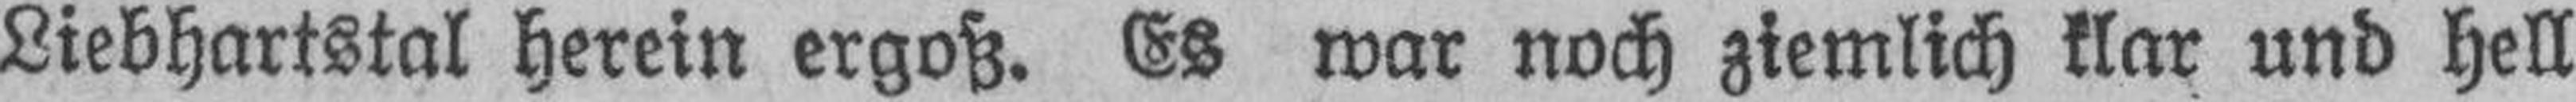
Liebhartstal herein ergoß. Es war noch ziemlich klar und hell